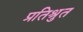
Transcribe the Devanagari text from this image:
प्रतिश्रुत